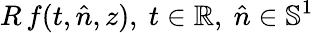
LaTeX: R\, f(t,\hat{n},z),~t\in\mathbb{R},~\hat{n}\in\mathbb{S}^{1}